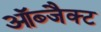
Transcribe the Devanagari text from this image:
ऑब्जैक्ट